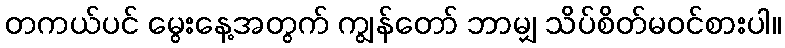
တကယ်ပင် မွေးနေ့အတွက် ကျွန်တော် ဘာမျှ သိပ်စိတ်မဝင်စားပါ။